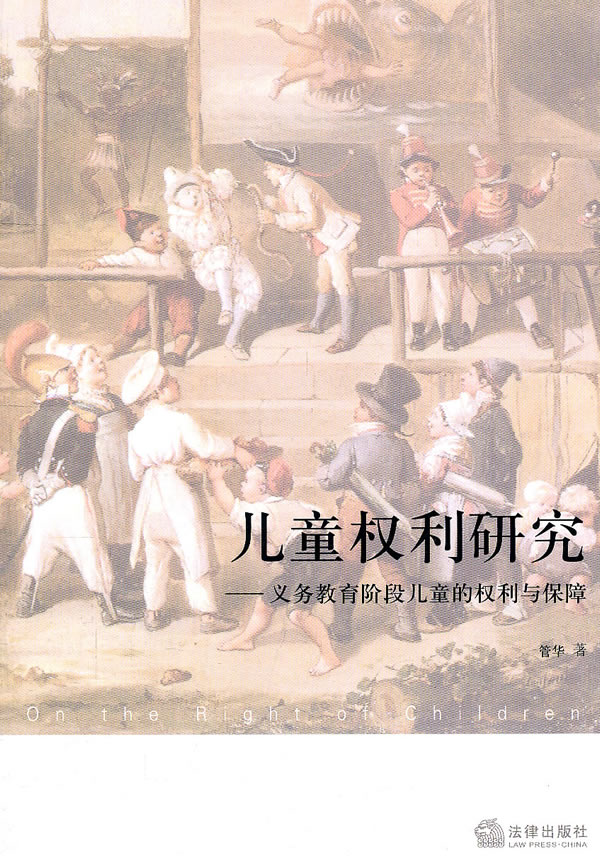
以权利合者，权利尽而交疏